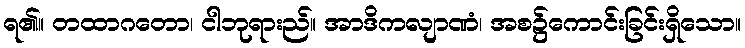
ရ၏။ တထာဂတော၊ ငါဘုရားည်။ အာဒိကလျာဏံ၊ အစ၌ကောင်းခြင်းရှိသော။